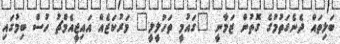
ބަލިތައް ދެނެގަތުމުގެ ގޮތުން ޒަމާނީ "ގައުމީ ތަހުލީލީ" މަރުކަޒެއް އައިޖީއެމްޗު ހުސް ބިމުގައި